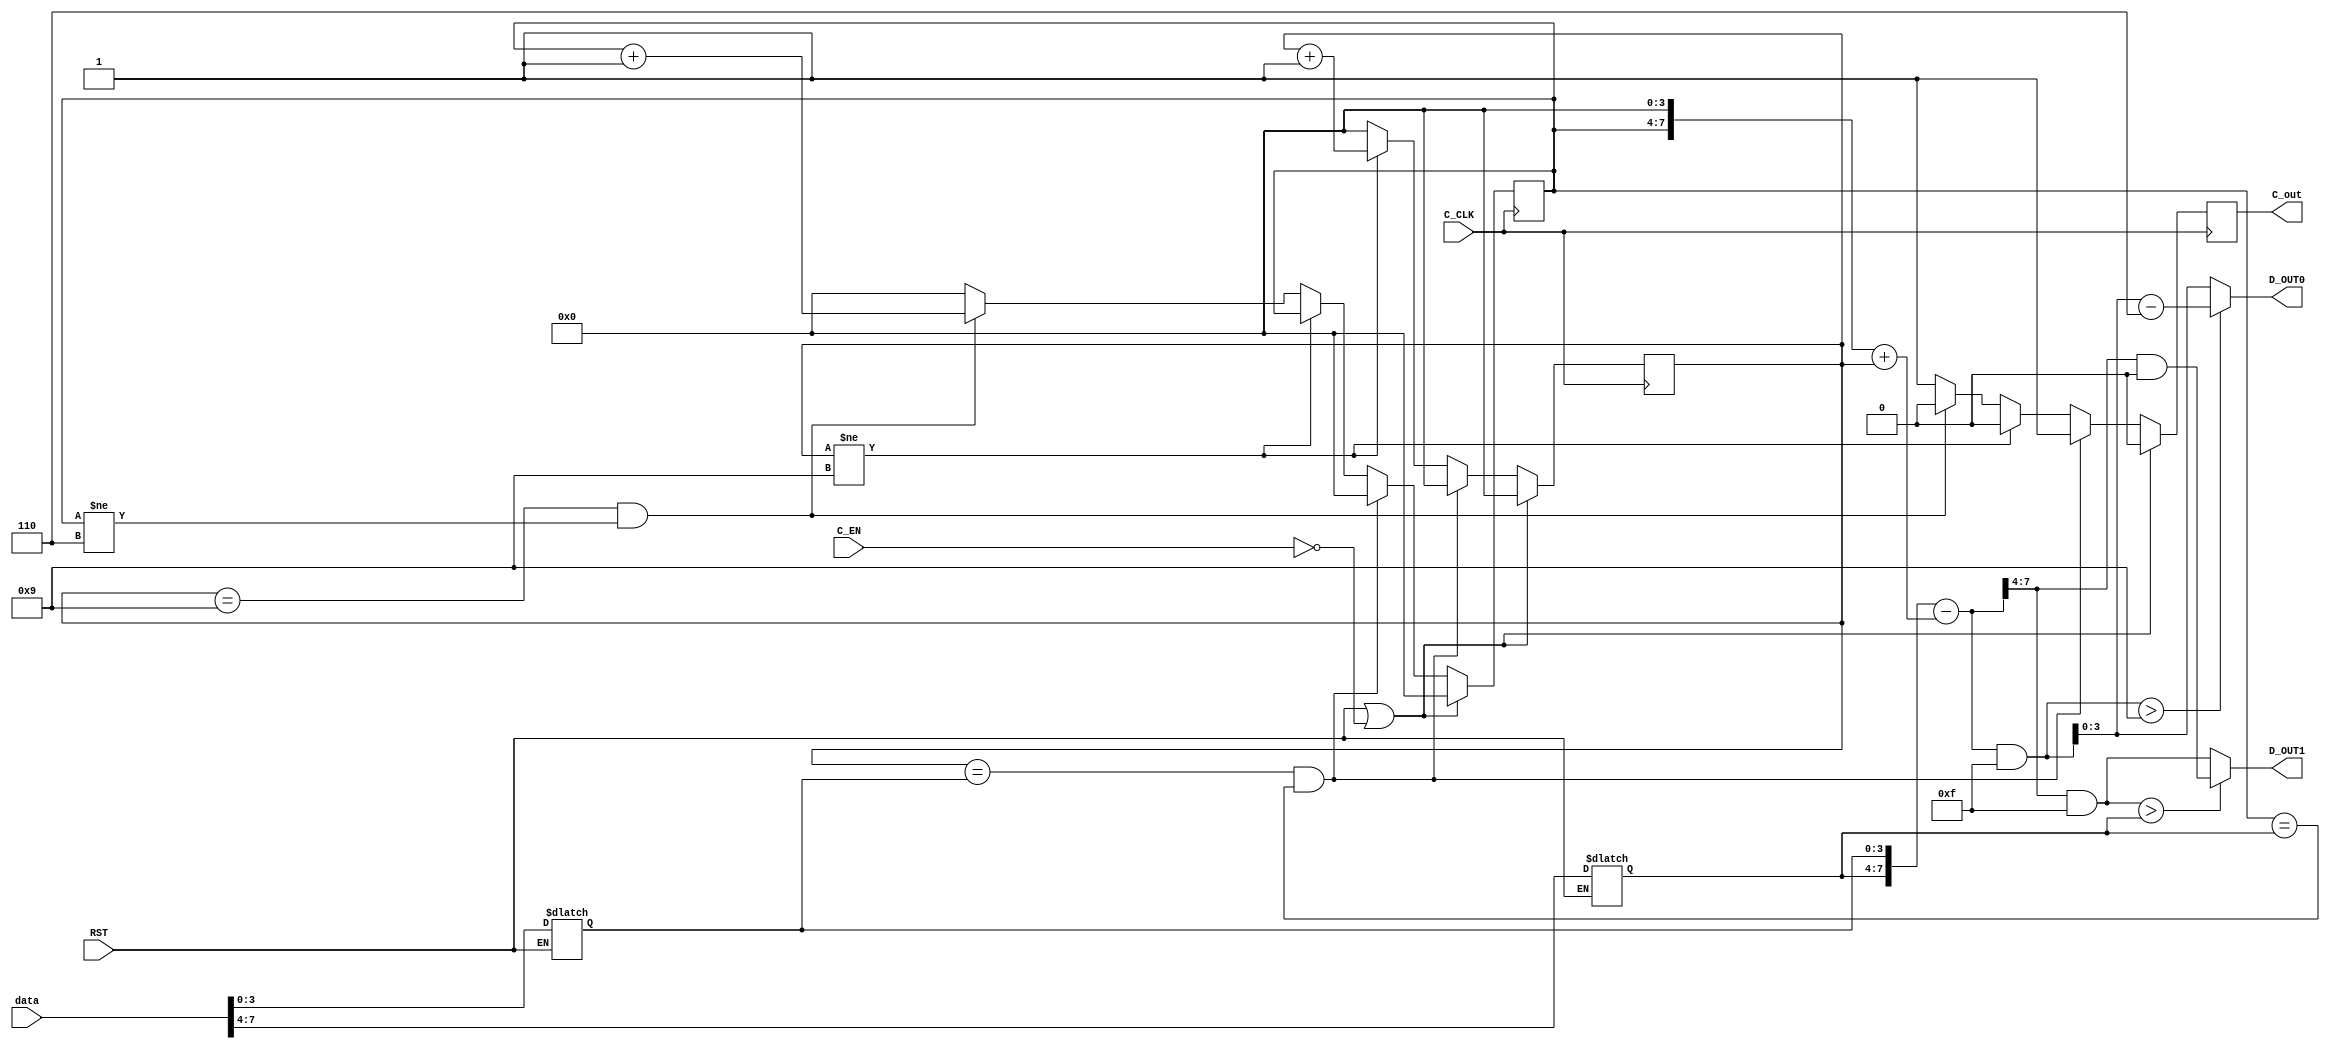
module counter55(C_CLK,RST,C_EN,data,D_OUT1,D_OUT0,C_out);

output C_out;
output [3:0] D_OUT1;
output [3:0] D_OUT0;
input [7:0]data;
input  C_CLK;
input  RST;
input  C_EN;
reg [3:0]data_0,data_1;

reg [3:0] D_OUT1;
reg [3:0] D_OUT0;
reg C_out;
reg [3:0] CData1;
reg [3:0] CData0;
reg [7:0] DATA;
always
if(RST==0)
begin
data_0<=data[3:0];
data_1<=data[7:4];
end

always @(posedge C_CLK)
begin
	if(RST==1||C_EN==0)
	  begin 
		C_out <= 1'b0;
		CData1 <= 4'b0000;
		CData0 <= 4'b0000;
	  end
	else
	  begin
	    if(CData0 ==data_0 && CData1 == data_1)
		  begin
	    	CData1 <= 4'b0000;
	        CData0 <= 4'b0000;
	        C_out = 1'b1;
	      end		
		else if(CData0 != 4'b1001)
		  begin
			CData0 <= CData0 + 1;
			C_out <= 1'b0;
		  end
		else if(CData0 == 4'b1001 && CData1 != 4'b0110)
		  begin
			CData1 <= CData1 + 1;
			CData0 <= 4'b0000;
			C_out <= 1'b0;
		  end
		else
	      begin
	    	CData1 <= 4'b0000;
	        CData0 <= 4'b0000;
	        C_out = 1'b1;
	      end
	end
end
reg [7:0]data_reg;
always
begin
    data_reg={data_1[3:0],data_0[3:0]};
	DATA <= data_reg-((CData1<<4)+CData0);
	if(((DATA>>4)&4'b1111)>data_1)
		D_OUT1 <= (DATA>>4)&4'b1111-4'b1111;
	else
		D_OUT1 <= (DATA>>4)&4'b1111;
	if((DATA&4'b1111)>4'b1001)
		D_OUT0 <= (DATA&4'b1111)-4'b0110;
	else
		D_OUT0 <= DATA&4'b1111;
end

endmodule